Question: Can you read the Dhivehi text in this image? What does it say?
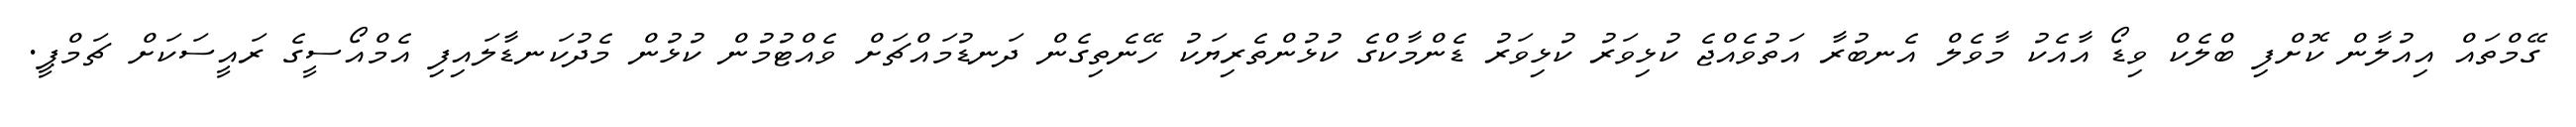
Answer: ގޭމްތައް އިއުލާން ކޮށްފި ބްލެކް ވިޑޯ އާއެކު މާވެލް އެނބުރާ އަތުވެއްޖެ ކުޅިވަރު ކުޅިވަރު ޑެންމާކްގެ ކުޅުންތެރިޔަކު ހޭނެތިގެން ދަނޑުމައްޗަށް ވެއްޓުމުން ކުޅުން މެދުކަނޑާލައިފި އެމްއޯސީގެ ރައީސަކަށް ޗަމްޕީ.